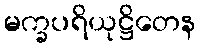
မက္ခပရိယုဋ္ဌိတေန